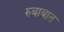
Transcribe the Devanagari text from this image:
रुबाबात